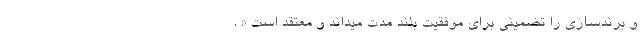
و برندسازی را تضمینی برای موفقیت بلند مدت میداند و معتقد است « .